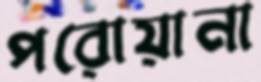
পরোয়ানা